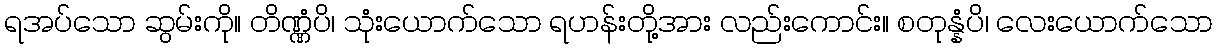
ရအပ်သော ဆွမ်းကို။ တိဏ္ဏံပိ၊ သုံးယောက်သော ရဟန်းတို့အား လည်းကောင်း။ စတုန္နံပိ၊ လေးယောက်သော